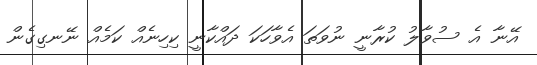
އޭނާ އެ ސުވާލު ކުރާނީ ނުވަތަ އެވާހަކަ ދައްކާނީ ކިހިނެއް ކަމެއް ނޭނގިގެން